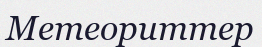
Метеориттер